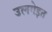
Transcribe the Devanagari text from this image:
उलगेइत